Report on vaccination in the Province of Bengal - 1874-1889
Year: 1874
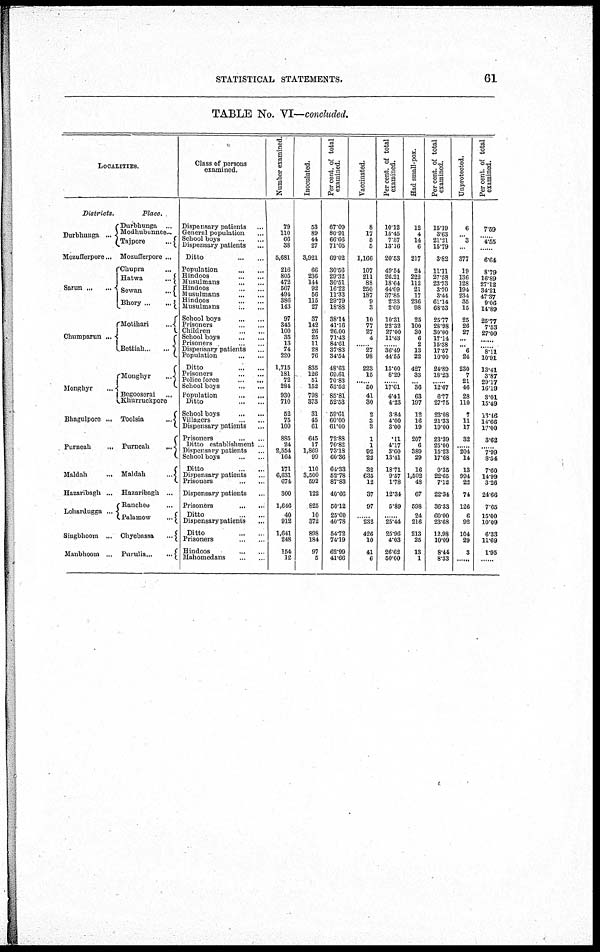
STATISTICAL STATEMENTS.
61
TABLE No. VI—concluded.
LOCALITIES.
Districts.
Durbhunga ...
Mozufferpore...
Sarun
...
...
Chumparun ...
Monghyr ...
Bhagulpore ...
Purneah
...
Maldah
...
Hazaribagh ...
Lohardugga ...
Singbhoom ...
Manbhoom ...
Place.
Durbhunga ...
Modhubunnee ...
Tajpore
...
Mozufferpore ...
Chupra ...
Hatwa
...
Sewan
...
Bhory
...
...
Motihari
...
Bettiah ... ...
Monghyr
...
Begooserai ...
Khurruckpore
Toolsia
...
Purneah
...
Maldah
...
Hazanbagh ...
Ranchee ...
Palamow
...
Chyebassa
...
Puruha ... ...
Class of persons
examined.
Dispensary patients ...
General population ...
School boys
...
...
Dispensary patients ...
Ditto
...
...
Population
...
...
Hindoos
...
...
Musulmans
...
...
Hindoos
...
...
Musulmans
...
...
Hindoos
...
...
Musulmans
...
...
School boys
...
...
Prisoners
...
...
Children
...
...
School boys
...
...
Prisoners
...
...
Dispensary patients ...
Population
...
...
Ditto ... ...
Prisoners
...
...
Police force
...
...
School boys
...
...
Population
...
...
Ditto
...
...
School boys
...
...
Villagers
...
...
Dispensary patients ...
Prisoners
...
...
Ditto establishment ...
Dispensary patients ...
School boys
...
...
Ditto
...
...
Dispensary patients ...
Prisoners
...
...
Dispensary patients ...
Prisoners
...
...
Ditto ... ...
Dispensary patients ...
Ditto
...
...
Prisoners
...
...
Hindoos
...
...
Mahomedans ... ...
Number examined.
79
110 66
38
5,681
216
805
472
567
494
386
143
97
345
100
35
13
74
220
1,715
181
72
284
930
710
52
75
100
885
24
2,554
164
171
6,631
674
300
1,646
40
912
1,641
248
154
12
Inoculated.
53
89
44
27
3,921
66
236
144
92
56
115
27
37
142
26
25
11
28
76
835
126
51
152
798
373
31
45
61
645
17
1,869
99
110
3,500
592
122
825
10
372
898
184
97
5
Percent. of total
examined.
67.09
80.91
66.66
71.05
69.02
30.56
29.32
30.51
16.22
11.33
29.79
18.88
38.14
41.16
26.00
71.43
84.61
37.83
34.54
48.63
69.61
70.83
53.52
85.81
52.53
59.61
60.00
61.00
72.88
70.88
73.18
60.36
64.33
52.78
87.83
40.66
50.12
25.00
40.78
54.72
74.19
62.99
41.66
Vaccinated.
8
17
5
5
1,166
107
211
88
250
187
9
3
10
77
27
4
......
27
98
223
15
......
50
41
30
2
3
3
1
1
92
22
32
635
12
37
97
......
232
426
10
41
6
Percent. of total
examined.
10.12
15.45
7.57
13.16
20.53
49.54
26.21
18.64
44.09
37.85
2.33
2.09
10.31
22.32
27.00
11.43
......
36.49
44.55
13.00
8.29
......
17.61
4.41
4.23
3.84
4.00
3.00
.11
4.17
3.60
13.41
18.71
9.57
1.78
12.34
5.89
......
25.44
25.96
4.03
26.62
50.00
Had small-pox.
12
4
14
6
217
24
222
112
21
17
236
98
25
100
30
6
2
13
22
427
33
...
36
63
197
12
16
19
207
6
389
29
16
1,502
48
67
598
24
216
213
25
13
1
Percent. of total
examined.
15.19
3.63
21.21
15.79
3.82
11.11
27.58
23.73
3.70
3.44
61.14
68.53
25.77
28.98
30.00
17.14
15.38
17.57
10.00
24.89
18.23
......
12.67
6.77
27.75
23.08
21.33
19.00
23.39
25.00
15.23
17.68
9.35
22.65
7.12
22.34
36.33
60.00
23.68
12.98
10.09
8.44
8.33
Unprotected.
6
...
3
...
377
19
136
128
194
234
35
15
25
26
27
...
...
6
24
230
7
21
46
28
110
7
11
17
32
......
204
14
13
994
22
74
126
6
92
104
29
3
......
Per cent. of total
examined.
7.59
......
4.55
......
6.64
8.79
16.89
27.12
34.21
47.37
9.06
14.89
25.77
7.53
27.00
...
...
8.11
10.91
13.41
3.87
29.17
1619
3.01
15.49
13.46
14.66
17.00
3.62
......
7.99
8.54
7.60
14.99
3.26
24.66
7.65
15.00
10.09
6.33
11.69
1.95
......